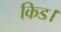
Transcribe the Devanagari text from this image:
किड।